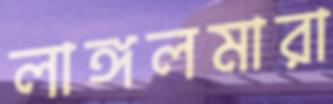
লাঙ্গলমারা